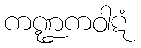
ကဏ္ဍကဝါဋံ